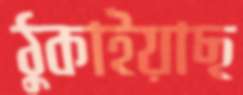
ঠুকাইয়াছ